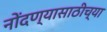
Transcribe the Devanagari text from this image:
नोंदण्यासाठीच्या